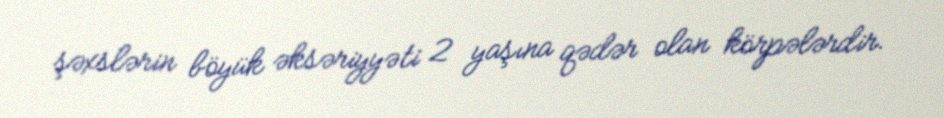
şəxslərin böyük əksəriyyəti 2 yaşına qədər olan körpələrdir.